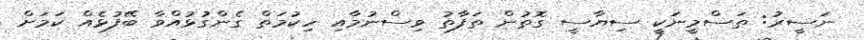
ނަސީރު: ތަސްމީނަކީ ސިޔާސީ ގޮތުން ތަފާތު ވިސްނުމާއި ހިކުމަތް ގެންގުޅުއްވާ ބޭފުޅެއް ކަމަށް